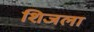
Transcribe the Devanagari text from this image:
शिजला